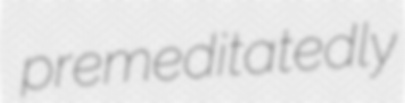
premeditatedly